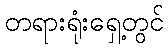
တရားရုံးရှေ့တွင်